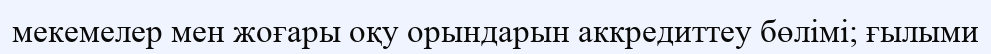
мекемелер мен жоғары оқу орындарын аккредиттеу бөлімі; ғылыми